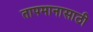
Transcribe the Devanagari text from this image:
तापमानासाठी